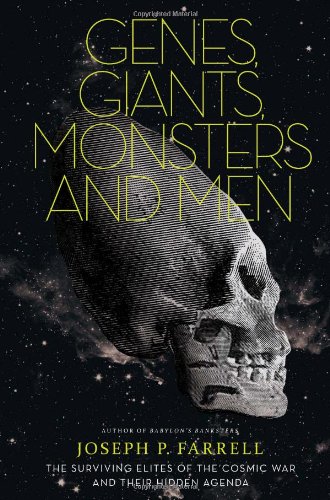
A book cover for Genes, Giants, Monsters, and Men: The Surviving Elites of the Cosmic War and Their Hidden Agenda; Joseph P. Farrell; Medical Books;